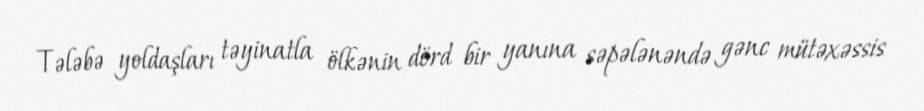
Tələbə yoldaşları təyinatla ölkənin dörd bir yanına səpələnəndə gənc mütəxəssis